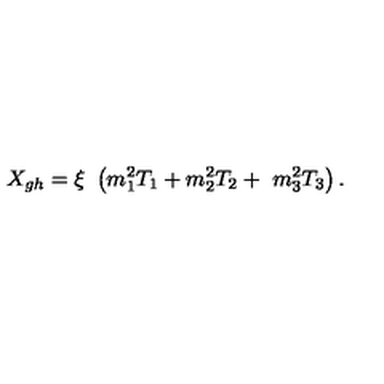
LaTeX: X _ { g h } = \xi \ \left( m _ { 1 } ^ { 2 } T _ { 1 } + m _ { 2 } ^ { 2 } T _ { 2 } + \ m _ { 3 } ^ { 2 } T _ { 3 } \right) .